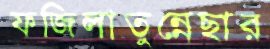
ফজিলাতুন্নেছার